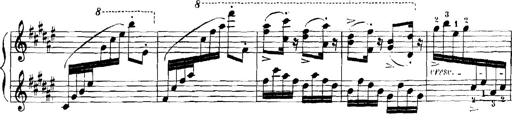
Title: Rhapsodies hongroises
Composer: Franz Liszt